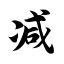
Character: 减